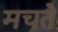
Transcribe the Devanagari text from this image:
मचते